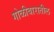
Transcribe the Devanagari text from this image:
गोळीबारातील